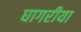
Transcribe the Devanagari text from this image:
घागरीया